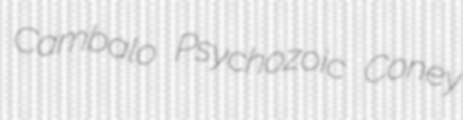
Cambalo Psychozoic Coney